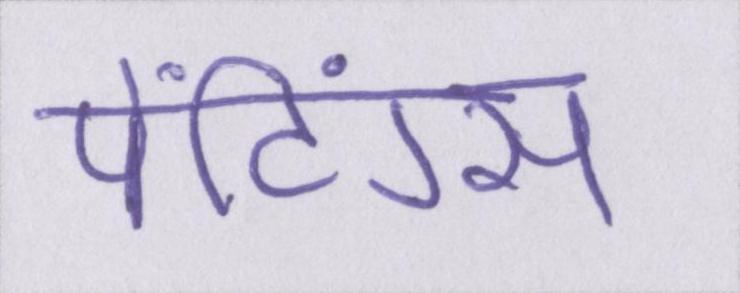
पेंटिंग्स